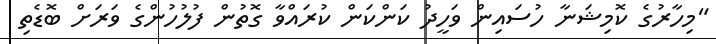
"މިހާރުގެ ކޮމިޝަނާ ހުސައިން ވަހީދު ކަންކަން ކުރައްވާ ގޮތުން ފުލުހުންގެ ވަރަށް ބޮޑެތި